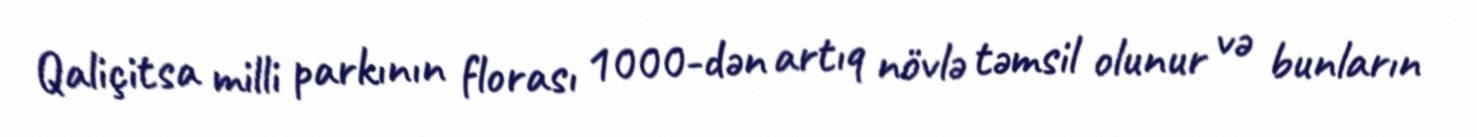
Qaliçitsa milli parkının florası 1000-dən artıq növlə təmsil olunur və bunların